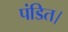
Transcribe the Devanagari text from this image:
पंडित।